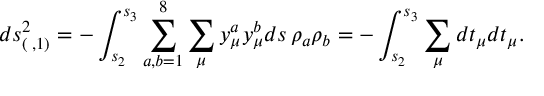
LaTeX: d s _ { ( \; , 1 ) } ^ { 2 } = - \int _ { s _ { 2 } } ^ { s _ { 3 } } \sum _ { a , b = 1 } ^ { 8 } \sum _ { \mu } { y } _ { \mu } ^ { a } { y } _ { \mu } ^ { b } d s \, \rho _ { a } \rho _ { b } = - \int _ { s _ { 2 } } ^ { s _ { 3 } } \sum _ { \mu } d { t } _ { \mu } d { t } _ { \mu } .